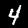
Digit: 4